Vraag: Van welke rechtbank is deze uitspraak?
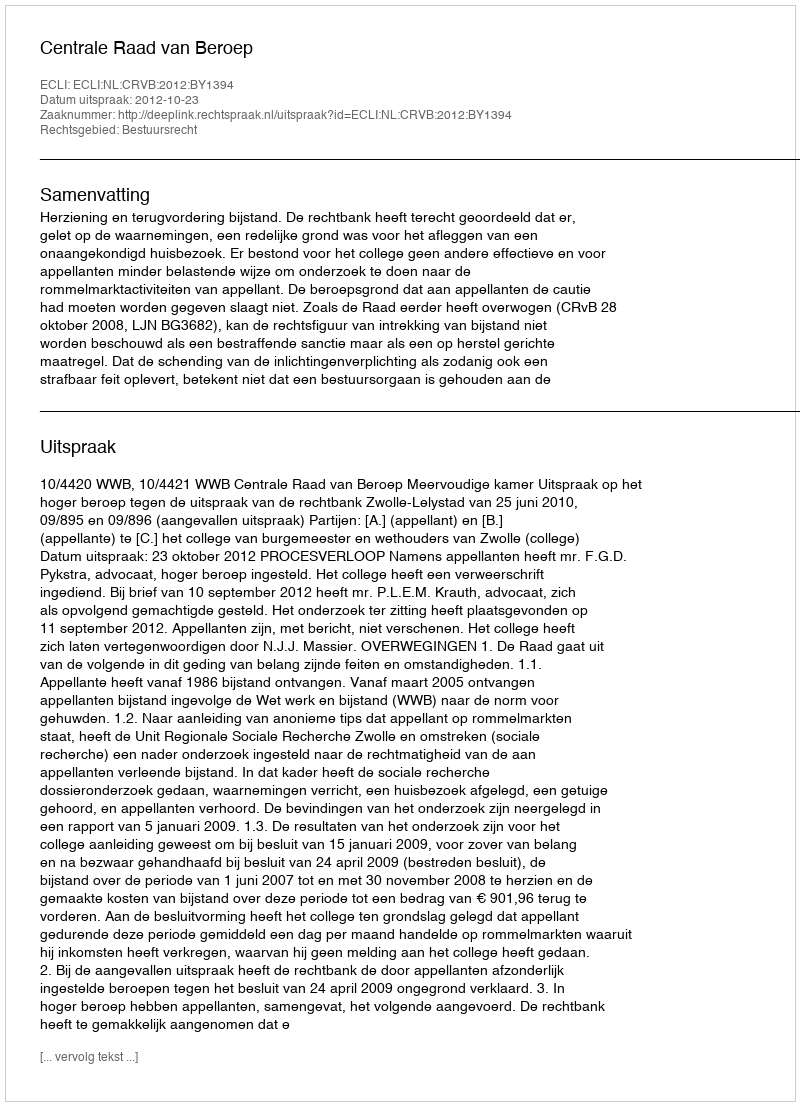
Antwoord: Centrale Raad van Beroep